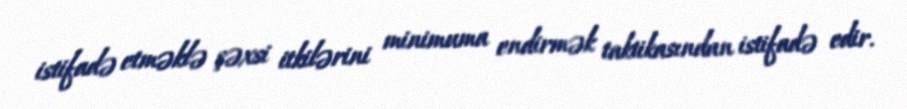
istifadə etməklə şəxsi itkilərini minimuma endirmək taktikasından istifadə edir.